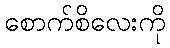
စောက်စိလေးကို